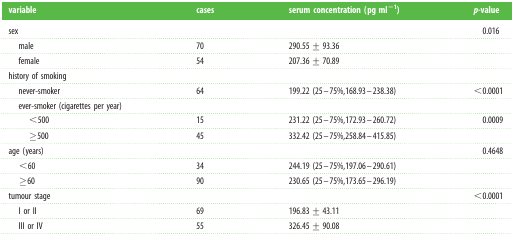
| variable | cases | serum concentration (pg ml−1) | p-value |
 | --- | --- | --- | --- |
 | sex |  |  | 0.016 |
 | male | 70 | 290.55 ± 93.36 |  |
 | female | 54 | 207.36 ± 70.89 |  |
 | history of smoking |  |  |  |
 | never-smoker | 64 | 199.22 (25–75%,168.93–238.38) | <0.0001 |
 | ever-smoker (cigarettes per year) |  |  |  |
 | <500 | 15 | 231.22 (25–75%,172.93–260.72) | 0.0009 |
 | ≥500 | 45 | 332.42 (25–75%,258.84–415.85) |  |
 | age (years) |  |  | 0.4648 |
 | <60 | 34 | 244.19 (25–75%,197.06–290.61) |  |
 | ≥60 | 90 | 230.65 (25–75%,173.65–296.19) |  |
 | tumour stage |  |  | <0.0001 |
 | I or II | 69 | 196.83 ± 43.11 |  |
 | III or IV | 55 | 326.45 ± 90.08 |  |